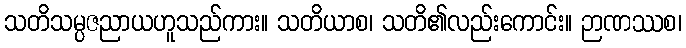
သတိသမ္ပဇညာယဟူသည်ကား။ သတိယာစ၊ သတိ၏လည်းကောင်း။ ဉာဏဿစ၊